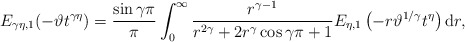
\begin{align*} E_{\gamma \eta, 1} (-\vartheta t^{\gamma \eta}) = \frac{\sin \gamma \pi}{\pi} \int_0^\infty \frac{r^{\gamma-1}}{r^{2\gamma}+2r^\gamma \cos \gamma \pi+1} E_{\eta,1} \left(-r \vartheta^{1/\gamma} t^\eta\right) \mathrm dr, \end{align*}